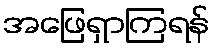
အဖြေရှာကြရန်